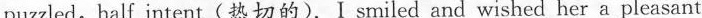
puzzled,half intent(热切的).Ⅰ smiled and wished her a pleasant